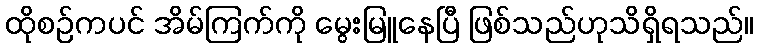
ထိုစဉ်ကပင် အိမ်ကြက်ကို မွေးမြူနေပြီ ဖြစ်သည်ဟုသိရှိရသည်။